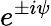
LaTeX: e^{\pm i\psi}